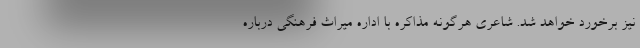
نیز برخورد خواهد شد. شاعری هرگونه مذاکره با اداره میراث فرهنگی درباره